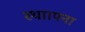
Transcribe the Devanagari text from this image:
स्थाापना